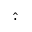
\hat { \cdot }